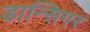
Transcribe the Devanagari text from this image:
डान्सिगर